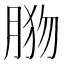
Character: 𦛦